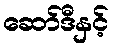
ဆော်ဒီနှင့်